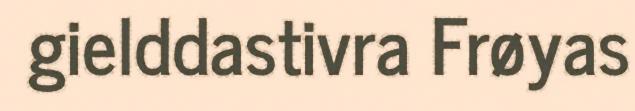
gielddastivra Frøyas